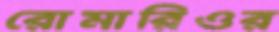
রোমারিওর